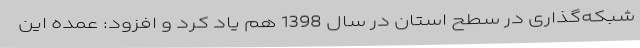
شبکه‌گذاری در سطح استان در سال 1398 هم یاد کرد و افزود: عمده این